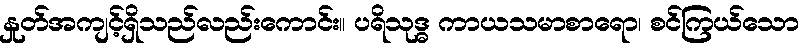
နှုတ်အကျင့်ရှိသည်လည်းကောင်း။ ပရိသုဒ္ဓ ကာယသမာစာရော၊ စင်ကြယ်သော